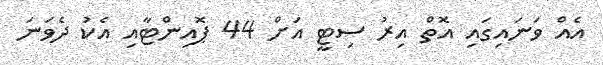
އެއް ވަނައިގައި އޮތް އިރު ސިޓީ އަށް 44 ޕޮއިންޓާއި އެކު ދެވަނަ